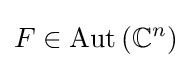
F\in \operatorname {Aut} \left(\mathbb {C} ^{n}\right)